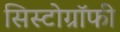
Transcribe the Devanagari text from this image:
सिस्टोग्रॉफी